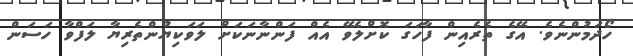
ހޯދަމުންނެވެ. އޭގެ ތެރެއިން ފާހަގަ ކޮށްލެވޭ އެއް ފަންނާނަކަށް ލަވަކިޔުންތެރިޔާ ލަފްވާ ހަސަން